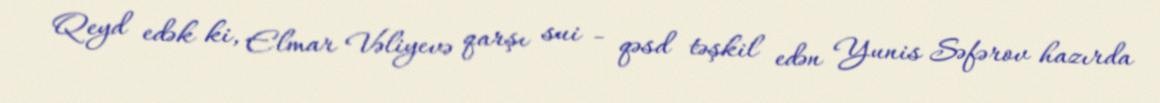
Qeyd edək ki, Elmar Vəliyevə qarşı sui - qəsd təşkil edən Yunis Səfərov hazırda